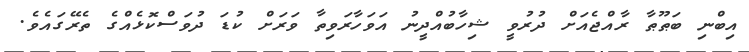
އިބްނި ބަޠޫޠާ ރާއްޖެއަށް ދުރުވީ ޝިހާބުއްދީނު އަވަހާރަވިތާ ވަރަށް ކުޑަ ދުވަސްކޮޅެއްގެ ތެރޭގައެވެ.